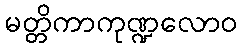
မတ္တိကာကုဏ္ဍလောဝ